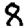
Digit: 8